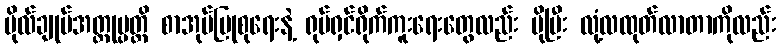
ဗိုလ်ချုပ်အတ္ထုပ္ပတ္တိ စာအုပ်ပြုစုရေးနဲ့ ရုပ်ရှင်ရိုက်ကူးရေးတွေလည်း ပိုပြီး လုံ့လထုတ်လာတာကိုလည်း